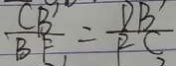
\frac { C B ^ { \prime } } { B F } = \frac { D B } { R C }